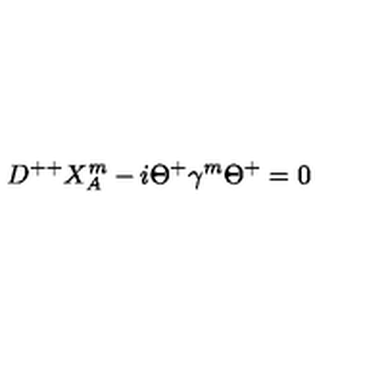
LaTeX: D ^ { + + } X _ { A } ^ { m } - i \Theta ^ { + } \gamma ^ { m } \Theta ^ { + } = 0